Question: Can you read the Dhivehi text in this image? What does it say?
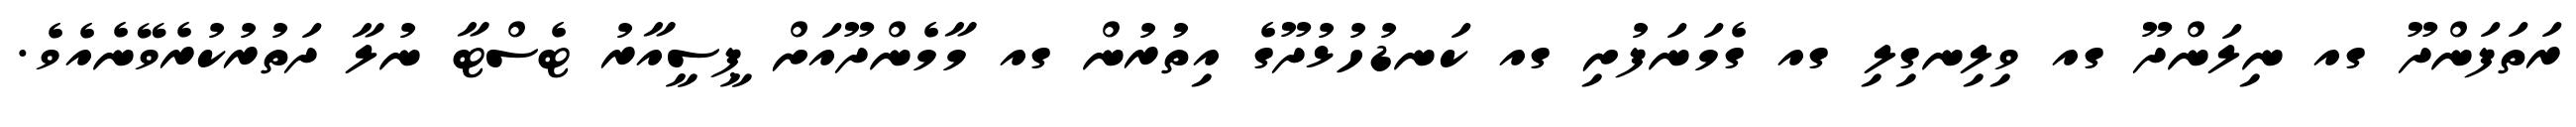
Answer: ރަތަފަންދޫ ގއ ނިލަންދޫ ގއ ވިލިނގިލި ގއ ގެމަނަފުށި ގއ ކަނޑުހުޅުދޫގެ އިތުރުން ގއ މާމެންދޫއަށް ޕީސީއާރު ޓެސްޓާ ނުލާ ދަތުރުކުރެވޭނެއެވެ.